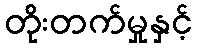
တိုးတက်မှုနှင့်